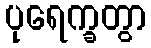
ပုရေက္ခတွာ